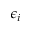
\epsilon _ { i }